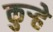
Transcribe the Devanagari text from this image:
कुऱ्हे